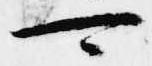
可